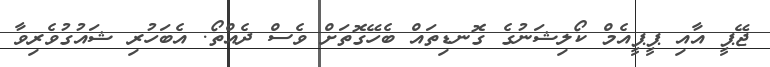
ޖޭޕީ އާއި ޕީޕީއެމް ކޯލިޝަނުގެ ގޮނޑިތައް ބެހޭގޮތަށް ވެސް ދެއްތޯ. އެބަހުރި ޝައުގުވެރިވާ